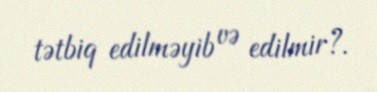
tətbiq edilməyib və edilmir?.